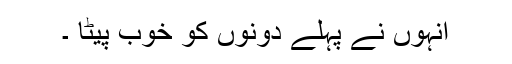
انہوں نے پہلے دونوں کو خوب پیٹا ۔